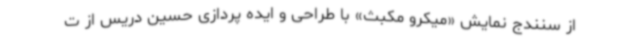
از سنندج نمایش «میکرو مکبث» با طراحی و ایده پردازی حسین دریس از ت